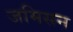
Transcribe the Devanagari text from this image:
जमिसन